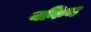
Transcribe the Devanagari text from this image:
यकिन